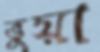
ভুয়া